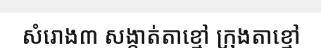
សំរោង៣ សង្កាត់តាខ្មៅ ក្រុងតាខ្មៅ